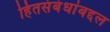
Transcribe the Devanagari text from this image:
हितसंबंधांबद्दल